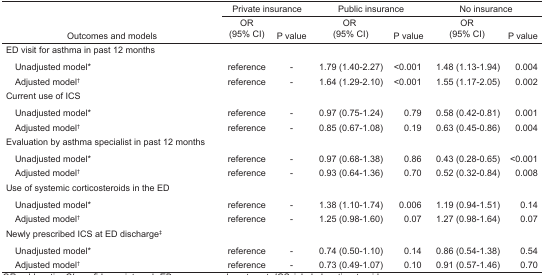
|  | <COLSPAN=2> Private insurance | <COLSPAN=2> Public insurance | <COLSPAN=2> No insurance |
 | Outcomes and models | OR (95% CI) | P value | OR (95% CI) | P value | OR (95% CI) | P value |
 | --- | --- | --- | --- | --- | --- | --- |
 | <COLSPAN=7> ED visit for asthma in past 12 months |
 | Unadjusted model* | reference | - | 1.79 (1.40–2.27) | <0.001 | 1.48 (1.13–1.94) | 0.004 |
 | Adjusted model† | reference | - | 1.64 (1.29–2.10) | <0.001 | 1.55 (1.17–2.05) | 0.002 |
 | <COLSPAN=7> Current use of ICS |
 | Unadjusted model* | reference | - | 0.97 (0.75–1.24) | 0.79 | 0.58 (0.42–0.81) | 0.001 |
 | Adjusted model† | reference | - | 0.85 (0.67–1.08) | 0.19 | 0.63 (0.45–0.86) | 0.004 |
 | <COLSPAN=7> Evaluation by asthma specialist in past 12 months |
 | Unadjusted model* | reference | - | 0.97 (0.68–1.38) | 0.86 | 0.43 (0.28–0.65) | <0.001 |
 | Adjusted model† | reference | - | 0.93 (0.64–1.36) | 0.70 | 0.52 (0.32–0.84) | 0.008 |
 | <COLSPAN=7> Use of systemic corticosteroids in the ED |
 | Unadjusted model* | reference | - | 1.38 (1.10–1.74) | 0.006 | 1.19 (0.94–1.51) | 0.14 |
 | Adjusted model† | reference | - | 1.25 (0.98–1.60) | 0.07 | 1.27 (0.98–1.64) | 0.07 |
 | <COLSPAN=7> Newly prescribed ICS at ED discharge‡ |
 | Unadjusted model* | reference | - | 0.74 (0.50–1.10) | 0.14 | 0.86 (0.54–1.38) | 0.54 |
 | Adjusted model† | reference | - | 0.73 (0.49–1.07) | 0.10 | 0.91 (0.57–1.46) | 0.70 |